Annual administration report of the Civil Veterinary Department, Sind - 1937-1938
Year: 1937
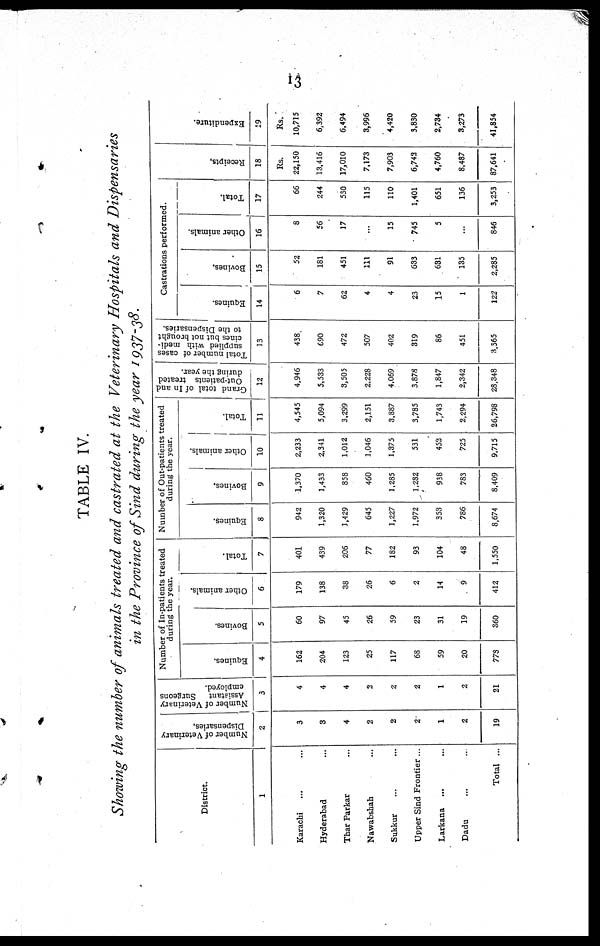
13
TABLE IV.
Showing the number of animals treated and castrated at the Veterinary Hospitals and Dispensaries
in the Province of Sind during the year 1937-38.
District.
1
Karachi ... ...
Hyderabad ...
Thar Parkar ...
Nawabshah ...
Sukkur ... ...
Upper Sind Frontier ...
Larkana ... ...
Dadu ... ...
Total ...
Number of Veterinary
Dispensaries.
2
3
3
4
2
2
2
1
2
19
Number of Veterinary
Assistant
Surgeons
employed.
3
4
4
4
2
2
2
1
2
21
Number of In-patients treated
during the year.
Equines.
4
162
204
123
25
117
68
59
20
773
Bovines.
5
60
97
45
26
59
23
31
19
360
Other animals.
6
179
138
38
26
6
2
14
9
412
Total.
7
401
439
206
77
182
93
104
48
1,550
Number of Out-patients treated
during the year.
Equines.
8
942
1,320
1,429
645
1,227
1,972
353
786
8,674
Bovines.
9
1,370
1,433
858
460
1,285
1.282
938
783
8,409
Other animals.
10
2,233
2,341
1,012
1,046
1,375
531
452
725
9,715
Total.
11
4,545
5,094
3,299
2,151
3,887
3,785
1,743
2,294
26,798
Grand total of In and
Out-patients treated
during the year.
12
4,946
5,533
3,505
2,228
4,069
3,878
1,847
2,342
28,348
Total number of cases
supplied with medi-
cines but not brought
to the Dispensaries.
13
438
690
472
507
402
319
86
451
3,365
Castrations performed.
Equines.
14
6
7
62
4
4
23
15
1
122
Bovines.
15
52
181
451
111
91
633
631
135
2,285
Other animals.
16
8
56
17
...
15
745
5
...
846
Total.
17
66
244
530
115
110
1,401
651
136
3,253
Recei pt s .
18
Rs.
22,150
13,416
17,010
7,173
7,903
6,743
4,760
8,487
87,641
Expe ndi t
ur e .
19
Rs.
10,715
6,392
6.494
3,996
4,420
3,830
2,734
3,273
41,854